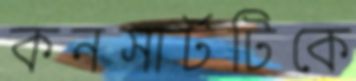
কনসার্টটিকে